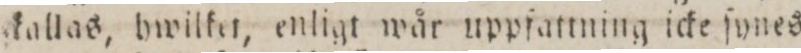
kallas, hwilket, enligt wår uppfattning icke ſynes